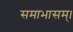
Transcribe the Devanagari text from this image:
समाभासम्।